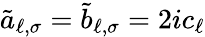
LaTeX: \tilde{a}_{\ell,\sigma}=\tilde{b}_{\ell,\sigma}=2ic_{\ell}